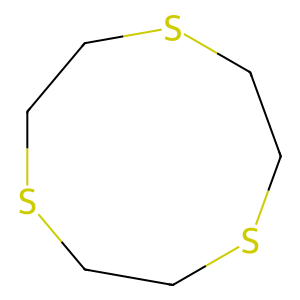
SMILES: C1CSCCSCCS1
Inhibits HIV replication: No